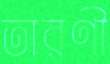
তারণী